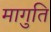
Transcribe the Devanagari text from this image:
मागुति